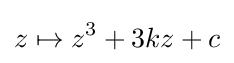
z\mapsto z^{3}+3kz+c